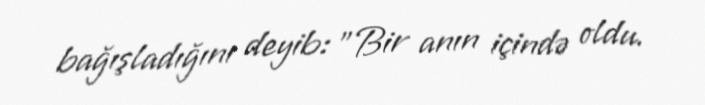
bağışladığını deyib: "Bir anın içində oldu.